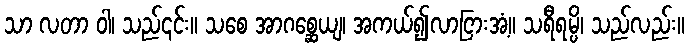
သာ လတာ ဝါ၊ သည်၎င်း။ သစေ အာဂစ္ဆေယျ၊ အကယ်၍လာငြားအံ့။ သရီရမ္ပိ၊ သည်လည်း။